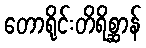
တောရိုင်းတိရိစ္ဆာန်